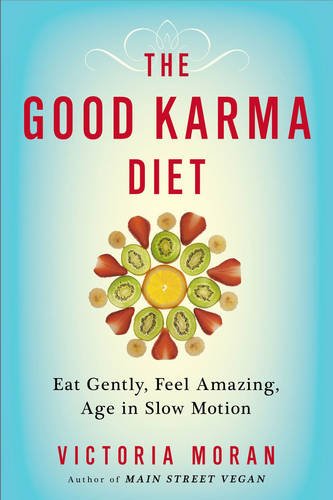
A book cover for The Good Karma Diet: Eat Gently, Feel Amazing, Age in Slow Motion; Victoria Moran; Health, Fitness & Dieting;